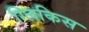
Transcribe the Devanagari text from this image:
ग्लिकिस